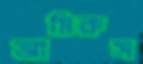
আমিরুস